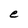
Character: e